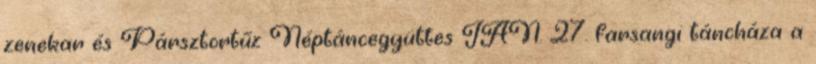
zenekar és Pársztortűz Néptáncegyüttes JAN. 27. farsangi táncháza a